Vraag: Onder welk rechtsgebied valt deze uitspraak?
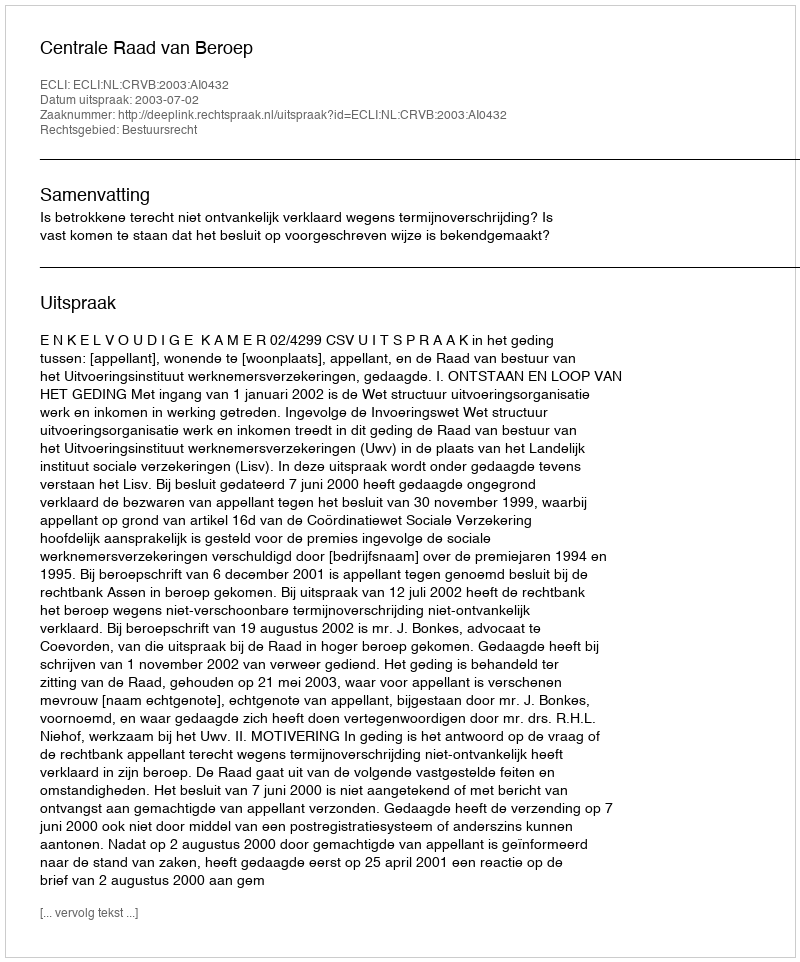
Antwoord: Bestuursrecht